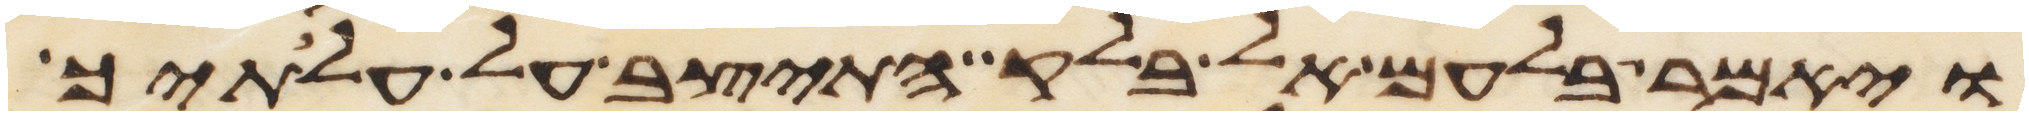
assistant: ויאמר בלעם אל בלק התיצב על עלתיך